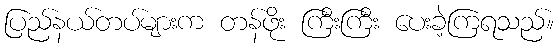
ပြည်နယ်တပ်များက တန်ဖိုး ကြီးကြီး ပေးခဲ့ကြရသည်။